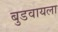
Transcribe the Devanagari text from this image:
बुडवायला